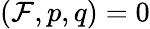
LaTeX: (\mathcal{F},p,q)=0